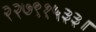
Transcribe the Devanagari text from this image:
२२७९१५३३।